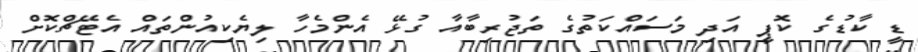
ޑީ ކާޑުގެ ކޮޕީ އަދި މަސައްކަތުގެ ތަޖުރިބާއާ ގުޅޭ އެންމެހާ ލިޔެކިއުންތައް އެޓޭޗްކޮށް